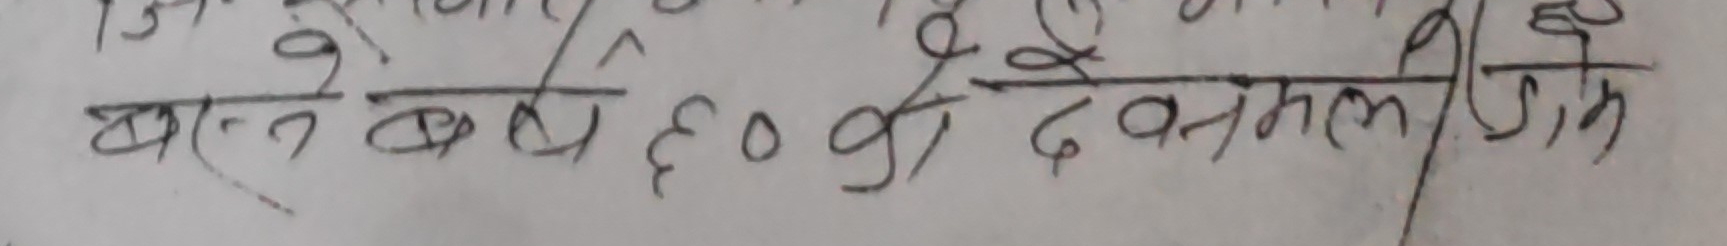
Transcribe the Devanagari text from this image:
बस्ने बर्ष ६० की देवमलसिंह